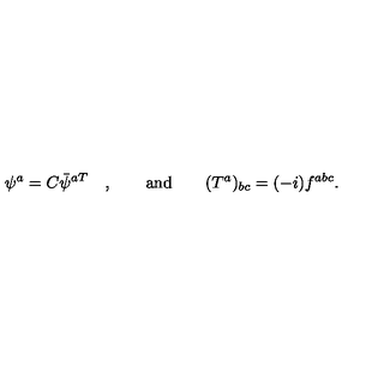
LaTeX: \psi ^ { a } = C \bar { \psi } ^ { a T } \quad , \qquad \mathrm { a n d } \qquad ( T ^ { a } ) _ { b c } = ( - i ) f ^ { a b c } .